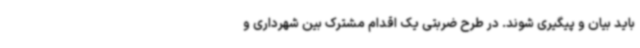
باید بیان و پیگیری شوند. در طرح ضربتی یک اقدام مشترک بین شهرداری و